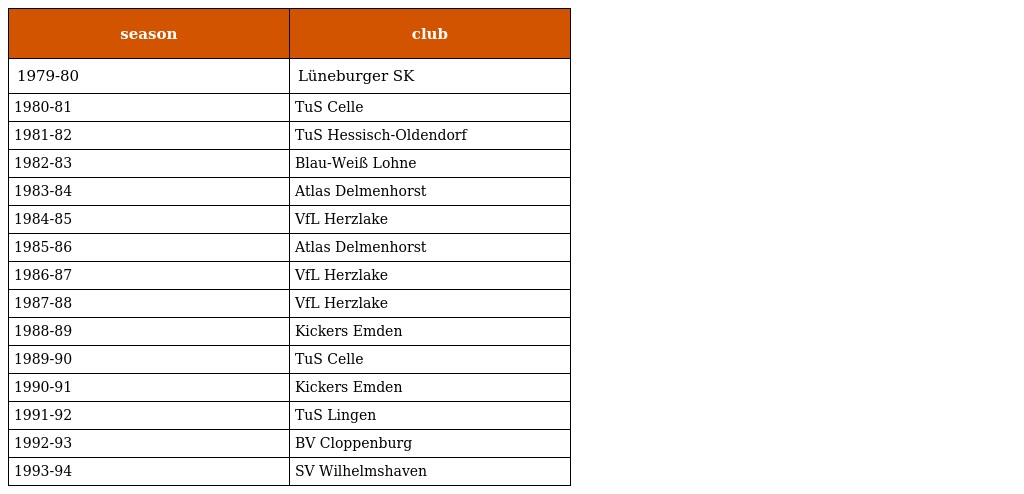
| season | club |
 | --- | --- |
 | 1979-80 | Lüneburger SK |
 | 1980-81 | TuS Celle |
 | 1981-82 | TuS Hessisch-Oldendorf |
 | 1982-83 | Blau-Weiß Lohne |
 | 1983-84 | Atlas Delmenhorst |
 | 1984-85 | VfL Herzlake |
 | 1985-86 | Atlas Delmenhorst |
 | 1986-87 | VfL Herzlake |
 | 1987-88 | VfL Herzlake |
 | 1988-89 | Kickers Emden |
 | 1989-90 | TuS Celle |
 | 1990-91 | Kickers Emden |
 | 1991-92 | TuS Lingen |
 | 1992-93 | BV Cloppenburg |
 | 1993-94 | SV Wilhelmshaven |